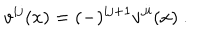
v ^ { i j } ( x ) = ( - ) ^ { i j + 1 } v ^ { j i } ( x ) \ .